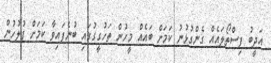
އަދީބު ފިސްތޯލައެއް ގެންގުޅުނު ކަމަށް ބައެއް މީހުން ތަހުގީގުގައި ބުނެފައިވާ ކަމަށް ފުލުހުން